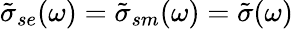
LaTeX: \tilde{\sigma}_{se}(\omega)=\tilde{\sigma}_{sm}(\omega)=\tilde{\sigma}(\omega)